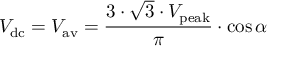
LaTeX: V _ { \mathrm { d c } } = V _ { \mathrm { a v } } = { \frac { 3 \cdot { \sqrt { 3 } } \cdot V _ { \mathrm { p e a k } } } { \pi } } \cdot \cos \alpha